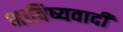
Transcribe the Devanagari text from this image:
भाविष्यवादी